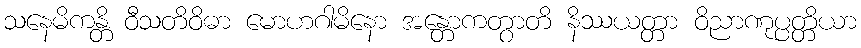
သနေမိကန္တိ ဝီသတိဝိဓာ မောဟဂါမိနော အန္တောကတွာတိ နိဿယတ္တာ ဝိညာဏုပ္ပတ္တိယာ